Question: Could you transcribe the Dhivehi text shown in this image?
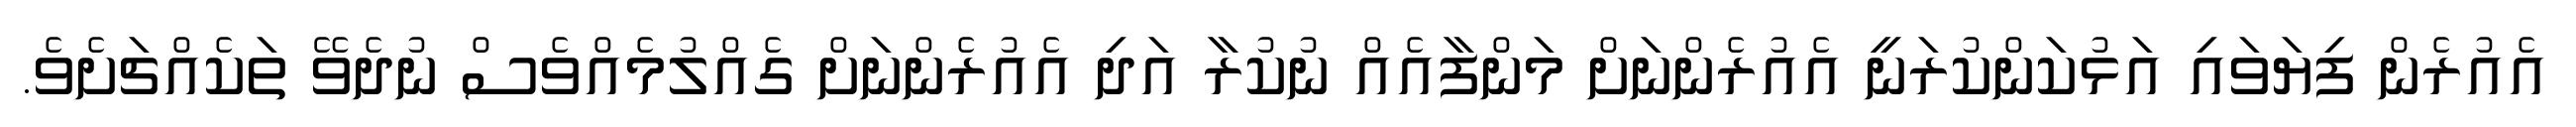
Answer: އެއުރެން ފިޔަވައި އަޅުކަންކުރަނީ އެއުރެންނަށް މަންފާއެއް ނުކުރާ އަދި އެއުރެންނަށް ގެއްލުމެއްވެސް ނުދެވޭ ތަކެއްޗަށެވެ.